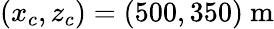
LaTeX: (x_{c},z_{c})=(500,350)~\mathrm{m}